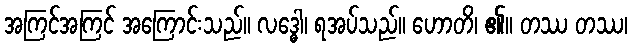
အကြင်အကြင် အကြောင်းသည်။ လဒ္ဓေါ၊ ရအပ်သည်။ ဟောတိ၊ ၏။ တဿ တဿ၊